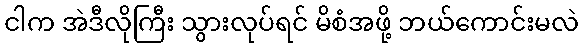
ငါက အဲဒီလိုကြီး သွားလုပ်ရင် မိစံအဖို့ ဘယ်ကောင်းမလဲ